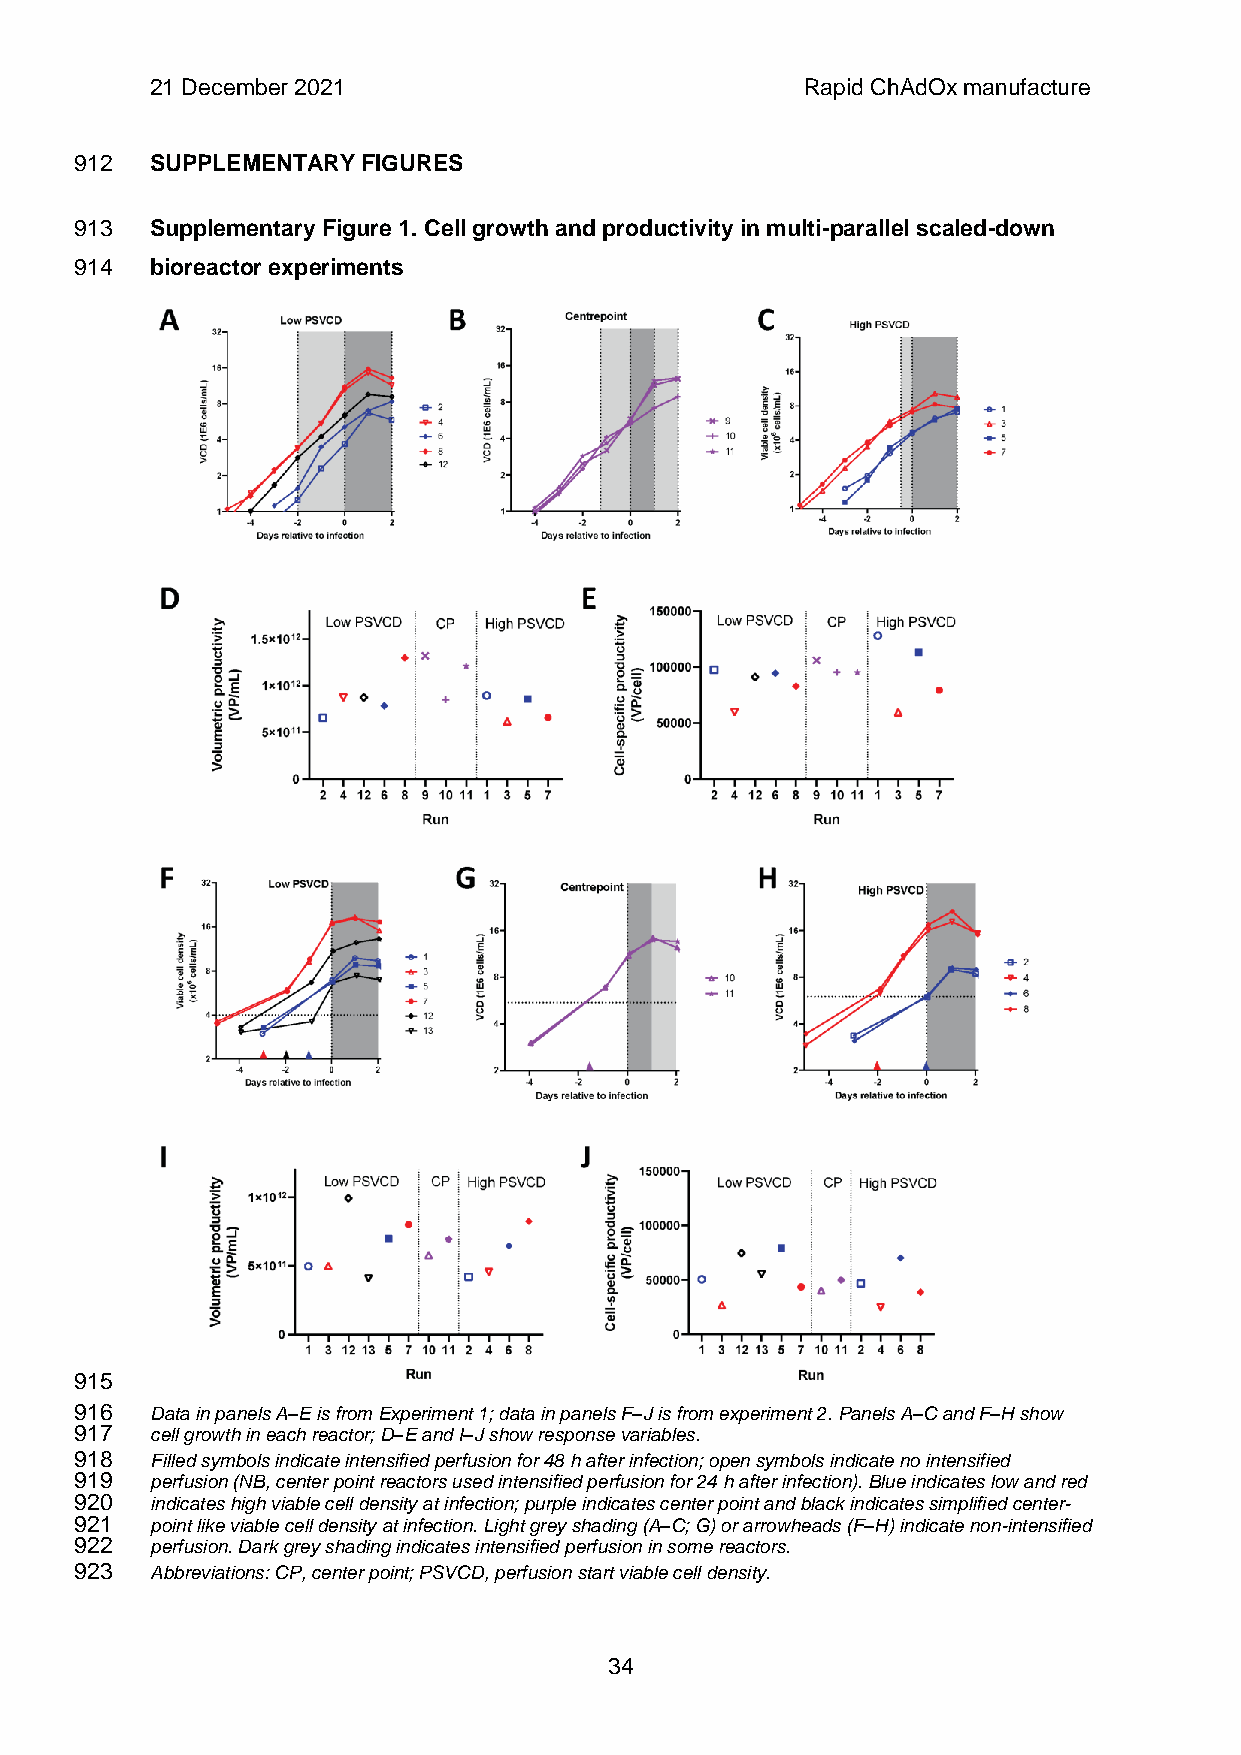
21 December 2021                           Rapid ChAdOx manufacture
 912  SUPPLEMENTARY FIGURES
 913  Supplementary Figure 1. Cell growth and productivity in multi-parallel scaled-down
 914  bioreactor experiments
 915
 916  Data in panels A–E is from Experiment 1; data in panels F–J is from experiment 2. Panels A–C and F–H show
 917  cell growth in each reactor; D–E and I–J show response variables.
 918  Filled symbols indicate intensified perfusion for 48 h after infection; open symbols indicate no intensified
 919  perfusion (NB, center point reactors used intensified perfusion for 24 h after infection). Blue indicates low and red
 920  indicates high viable cell density at infection; purple indicates center point and black indicates simplified center-
 921  point like viable cell density at infection. Light grey shading (A–C; G) or arrowheads (F–H) indicate non-intensified
 922  perfusion. Dark grey shading indicates intensified perfusion in some reactors.
 923  Abbreviations: CP, center point; PSVCD, perfusion start viable cell density.
 34